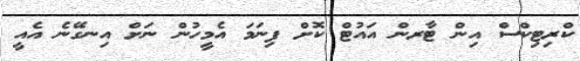
ކްރިޓިކްސް އިން ޓާރން އައުޓް ކޮށް ފިނަމަ އެމީހުން ނަށް އިނގޭނެ އެއީ